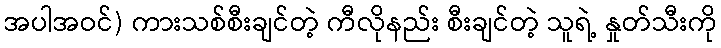
အပါအဝင်) ကားသစ်စီးချင်တဲ့ ကီလိုနည်း စီးချင်တဲ့ သူရဲ့ နှုတ်သီးကို